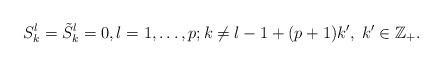
LaTeX: \begin{align*} S_k^{l}=\tilde S_k^{l}=0, l=1,\dots,p;k \ne l-1+(p+1)k',\;k'\in \mathbb{Z}_+.\end{align*}